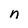
Character: n